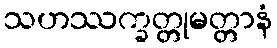
သဟဿက္ခတ္တုမတ္တာနံ